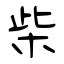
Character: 柴